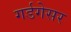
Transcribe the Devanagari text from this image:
गर्डगेसर